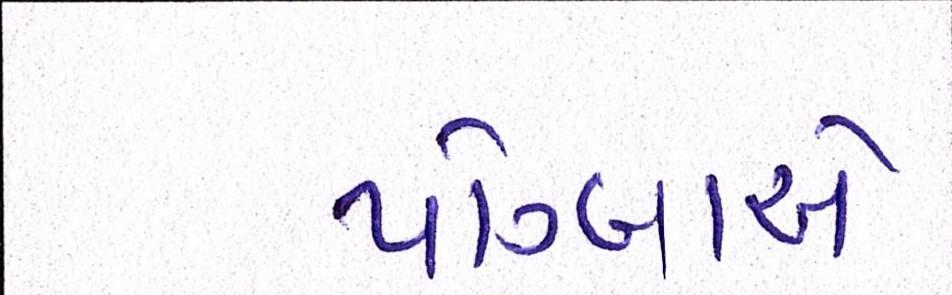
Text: પોગ્બાએ